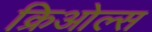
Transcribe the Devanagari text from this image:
क्रिओल्स